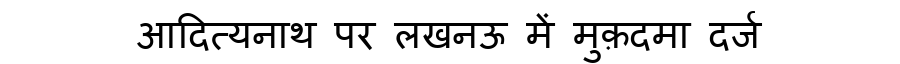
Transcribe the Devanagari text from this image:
आदित्यनाथ पर लखनऊ में मुक़दमा दर्ज